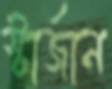
স্টার্জান